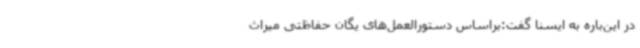
در این‌باره به ایسنا گفت:براساس دستورالعمل‌های یگان حفاظتی میراث